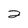
Character: 2